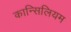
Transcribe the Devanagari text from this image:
कान्सिलियम